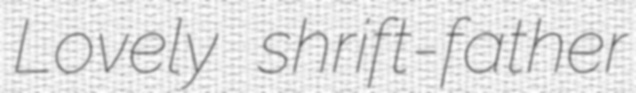
Lovely shrift-father